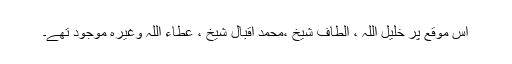
اس موقع پر خلیل اللہ ، الطاف شیخ ،محمد اقبال شیخ ، عطاء اللہ وغیرہ موجود تھے۔